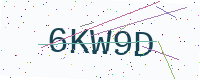
Text: 6KW9D